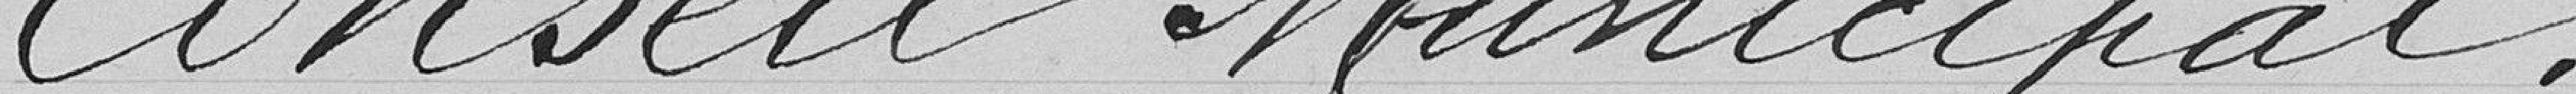
Conseil Municipal,